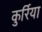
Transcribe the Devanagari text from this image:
कुर्रिया